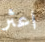
اعثر